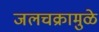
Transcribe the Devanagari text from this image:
जलचक्रामुळे